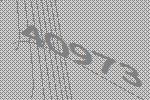
40973